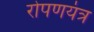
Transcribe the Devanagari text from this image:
रोपणयंत्र